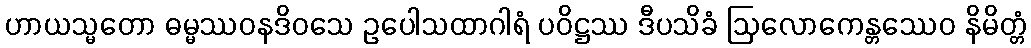
ဟာယသ္မတော ဓမ္မဿဝနဒိဝသေ ဥပေါသထာဂါရံ ပဝိဋ္ဌဿ ဒီပသိခံ ဩလောကေန္တဿေဝ နိမိတ္တံ